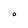
Character: O